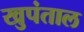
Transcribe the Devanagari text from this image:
खुपंताल